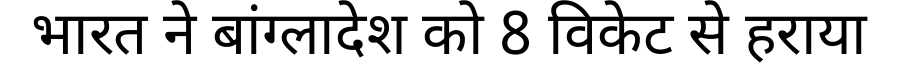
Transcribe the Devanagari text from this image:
भारत ने बांग्लादेश को 8 विकेट से हराया